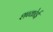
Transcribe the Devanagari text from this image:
शब्कोई